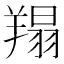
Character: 𦎲